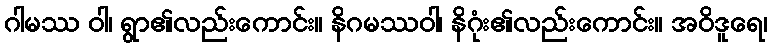
ဂါမဿ ဝါ၊ ရွာ၏လည်းကောင်း။ နိဂမဿဝါ၊ နိဂုံး၏လည်းကောင်း။ အဝိဒူရေ၊